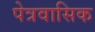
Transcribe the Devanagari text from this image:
पेत्रवासिक